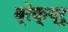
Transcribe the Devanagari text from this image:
ब्रेक्थ्रू